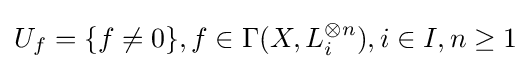
U_{f}=\{f\neq 0\},f\in \Gamma (X,L_{i}^{\otimes n}),i\in I,n\geq 1